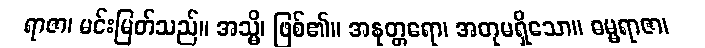
ရာဇာ၊ မင်းမြတ်သည်။ အသ္မိ၊ ဖြစ်၏။ အနုတ္တရော၊ အတုမရှိသော။ ဓမ္မရာဇာ၊